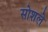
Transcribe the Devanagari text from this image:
सोशले